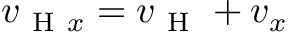
v _ { \mathrm { ~ H ~ } x } = v _ { \mathrm { ~ H ~ } } + v _ { x }